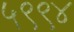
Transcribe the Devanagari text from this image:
५९९४